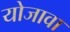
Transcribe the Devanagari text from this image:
योजावा